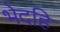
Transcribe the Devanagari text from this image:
भेदहि